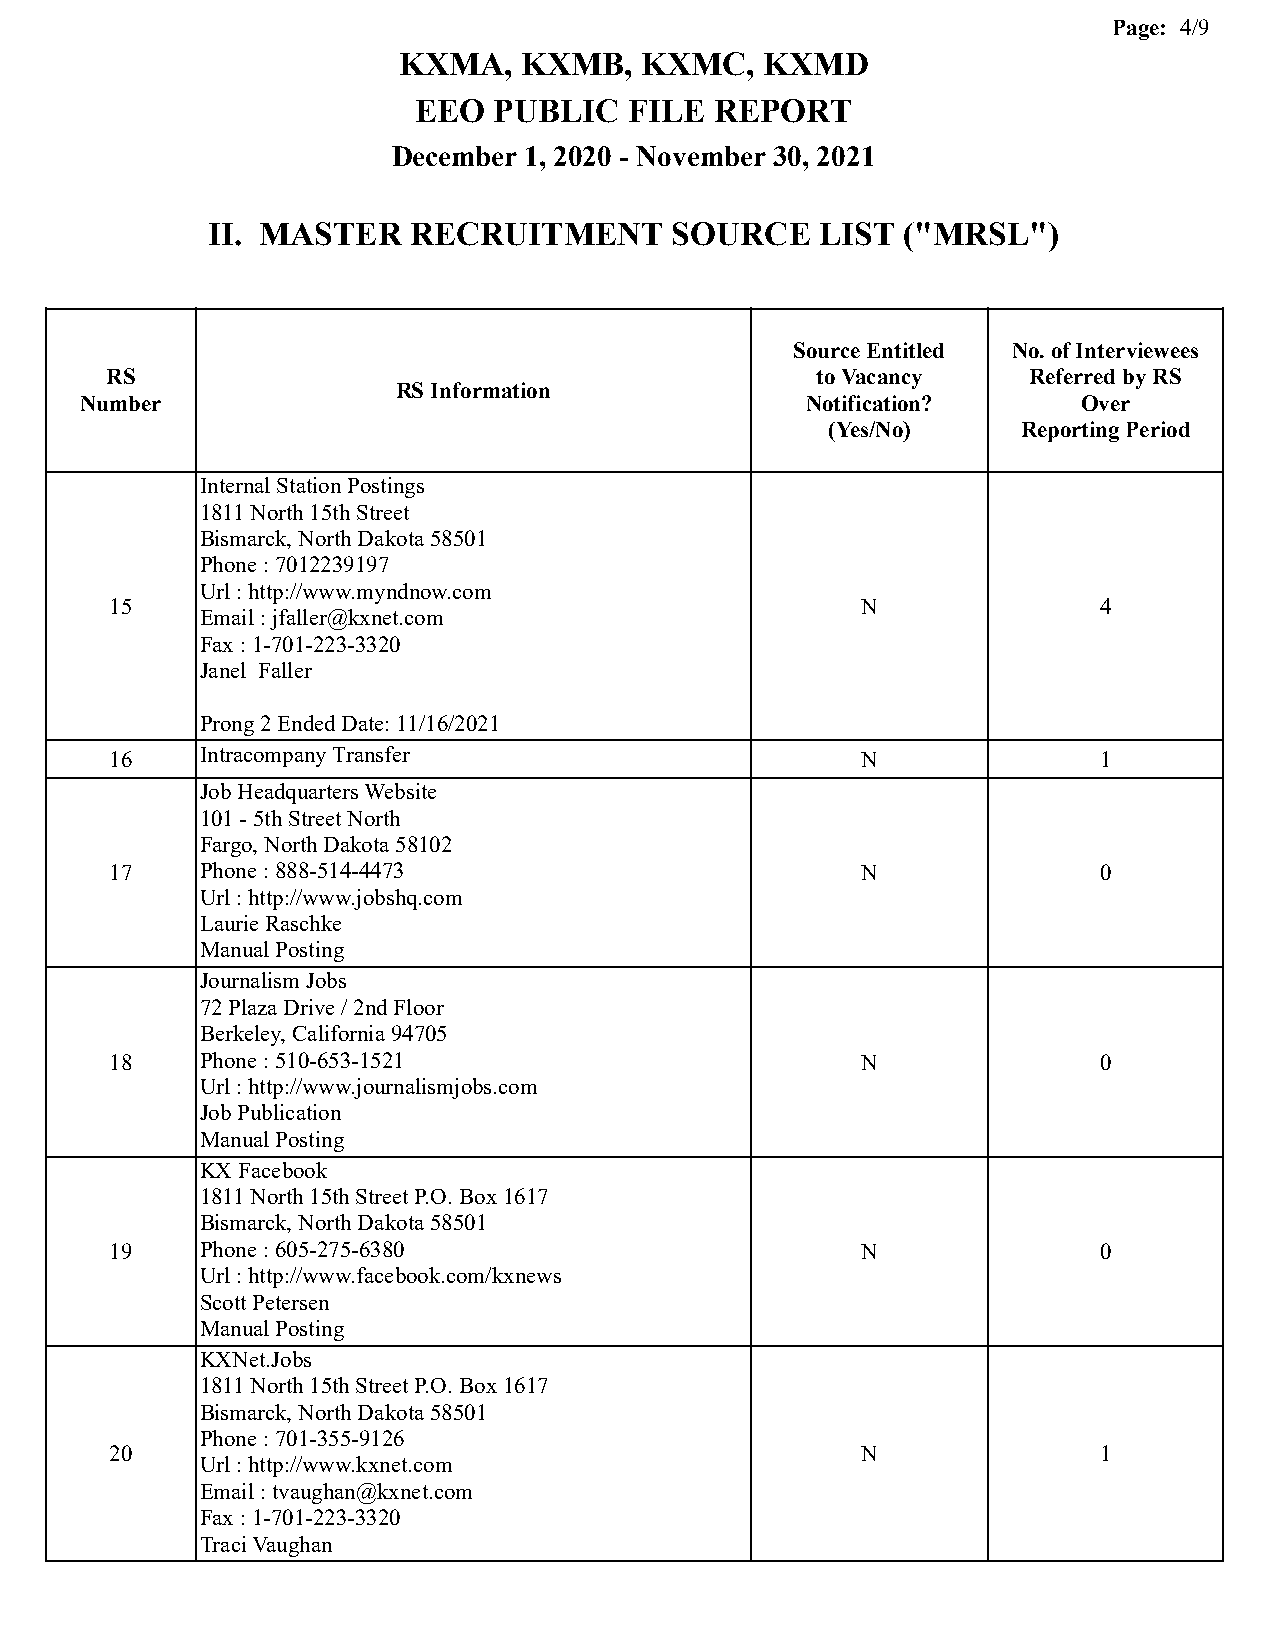
Page: 4/9
 KXMA,   KXMB,   KXMC,    KXMD
 EEO   PUBLIC   FILE REPORT
 December 1, 2020 - November 30, 2021
 II. MASTER   RECRUITMENT       SOURCE   LIST  ("MRSL")
 Source Entitled No. of Interviewees
 RS                                             to Vacancy    Referred by RS
 RS Information
 Number                                          Notification?      Over
 (Yes/No)     Reporting Period
 Internal Station Postings
 1811 North 15th Street
 Bismarck, North Dakota 58501
 Phone : 7012239197
 Url : http://www.myndnow.com
 15                                                N               4
 Email : jfaller@kxnet.com
 Fax : 1-701-223-3320
 Janel Faller
 Prong 2 Ended Date: 11/16/2021
 16    Intracompany Transfer                       N               1
 Job Headquarters Website
 101 - 5th Street North
 Fargo, North Dakota 58102
 17    Phone : 888-514-4473                        N               0
 Url : http://www.jobshq.com
 Laurie Raschke
 Manual Posting
 Journalism Jobs
 72 Plaza Drive / 2nd Floor
 Berkeley, California 94705
 18    Phone : 510-653-1521                        N               0
 Url : http://www.journalismjobs.com
 Job Publication
 Manual Posting
 KX Facebook
 1811 North 15th Street P.O. Box 1617
 Bismarck, North Dakota 58501
 19    Phone : 605-275-6380                        N               0
 Url : http://www.facebook.com/kxnews
 Scott Petersen
 Manual Posting
 KXNet.Jobs
 1811 North 15th Street P.O. Box 1617
 Bismarck, North Dakota 58501
 Phone : 701-355-9126
 20                                                N               1
 Url : http://www.kxnet.com
 Email : tvaughan@kxnet.com
 Fax : 1-701-223-3320
 Traci Vaughan